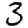
Digit: 3